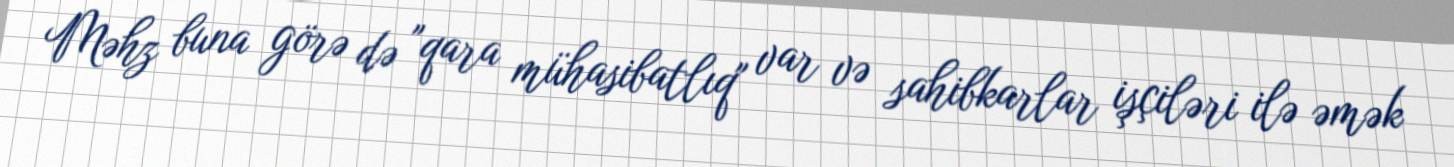
Məhz buna görə də "qara mühasibatlıq" var və sahibkarlar işçiləri ilə əmək